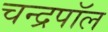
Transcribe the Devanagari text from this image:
चन्द्रपॉल